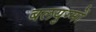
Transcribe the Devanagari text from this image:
बलयुग्मों